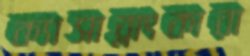
ক্যাসাব্লাংকারা